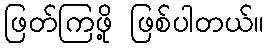
ဖြတ်ကြဖို့ ဖြစ်ပါတယ်။